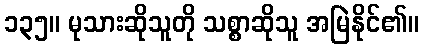
၁၃၅။ မုသားဆိုသူတို သစ္စာဆိုသူ အမြဲနိုင်၏။